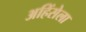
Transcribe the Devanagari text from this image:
अहिंसेला